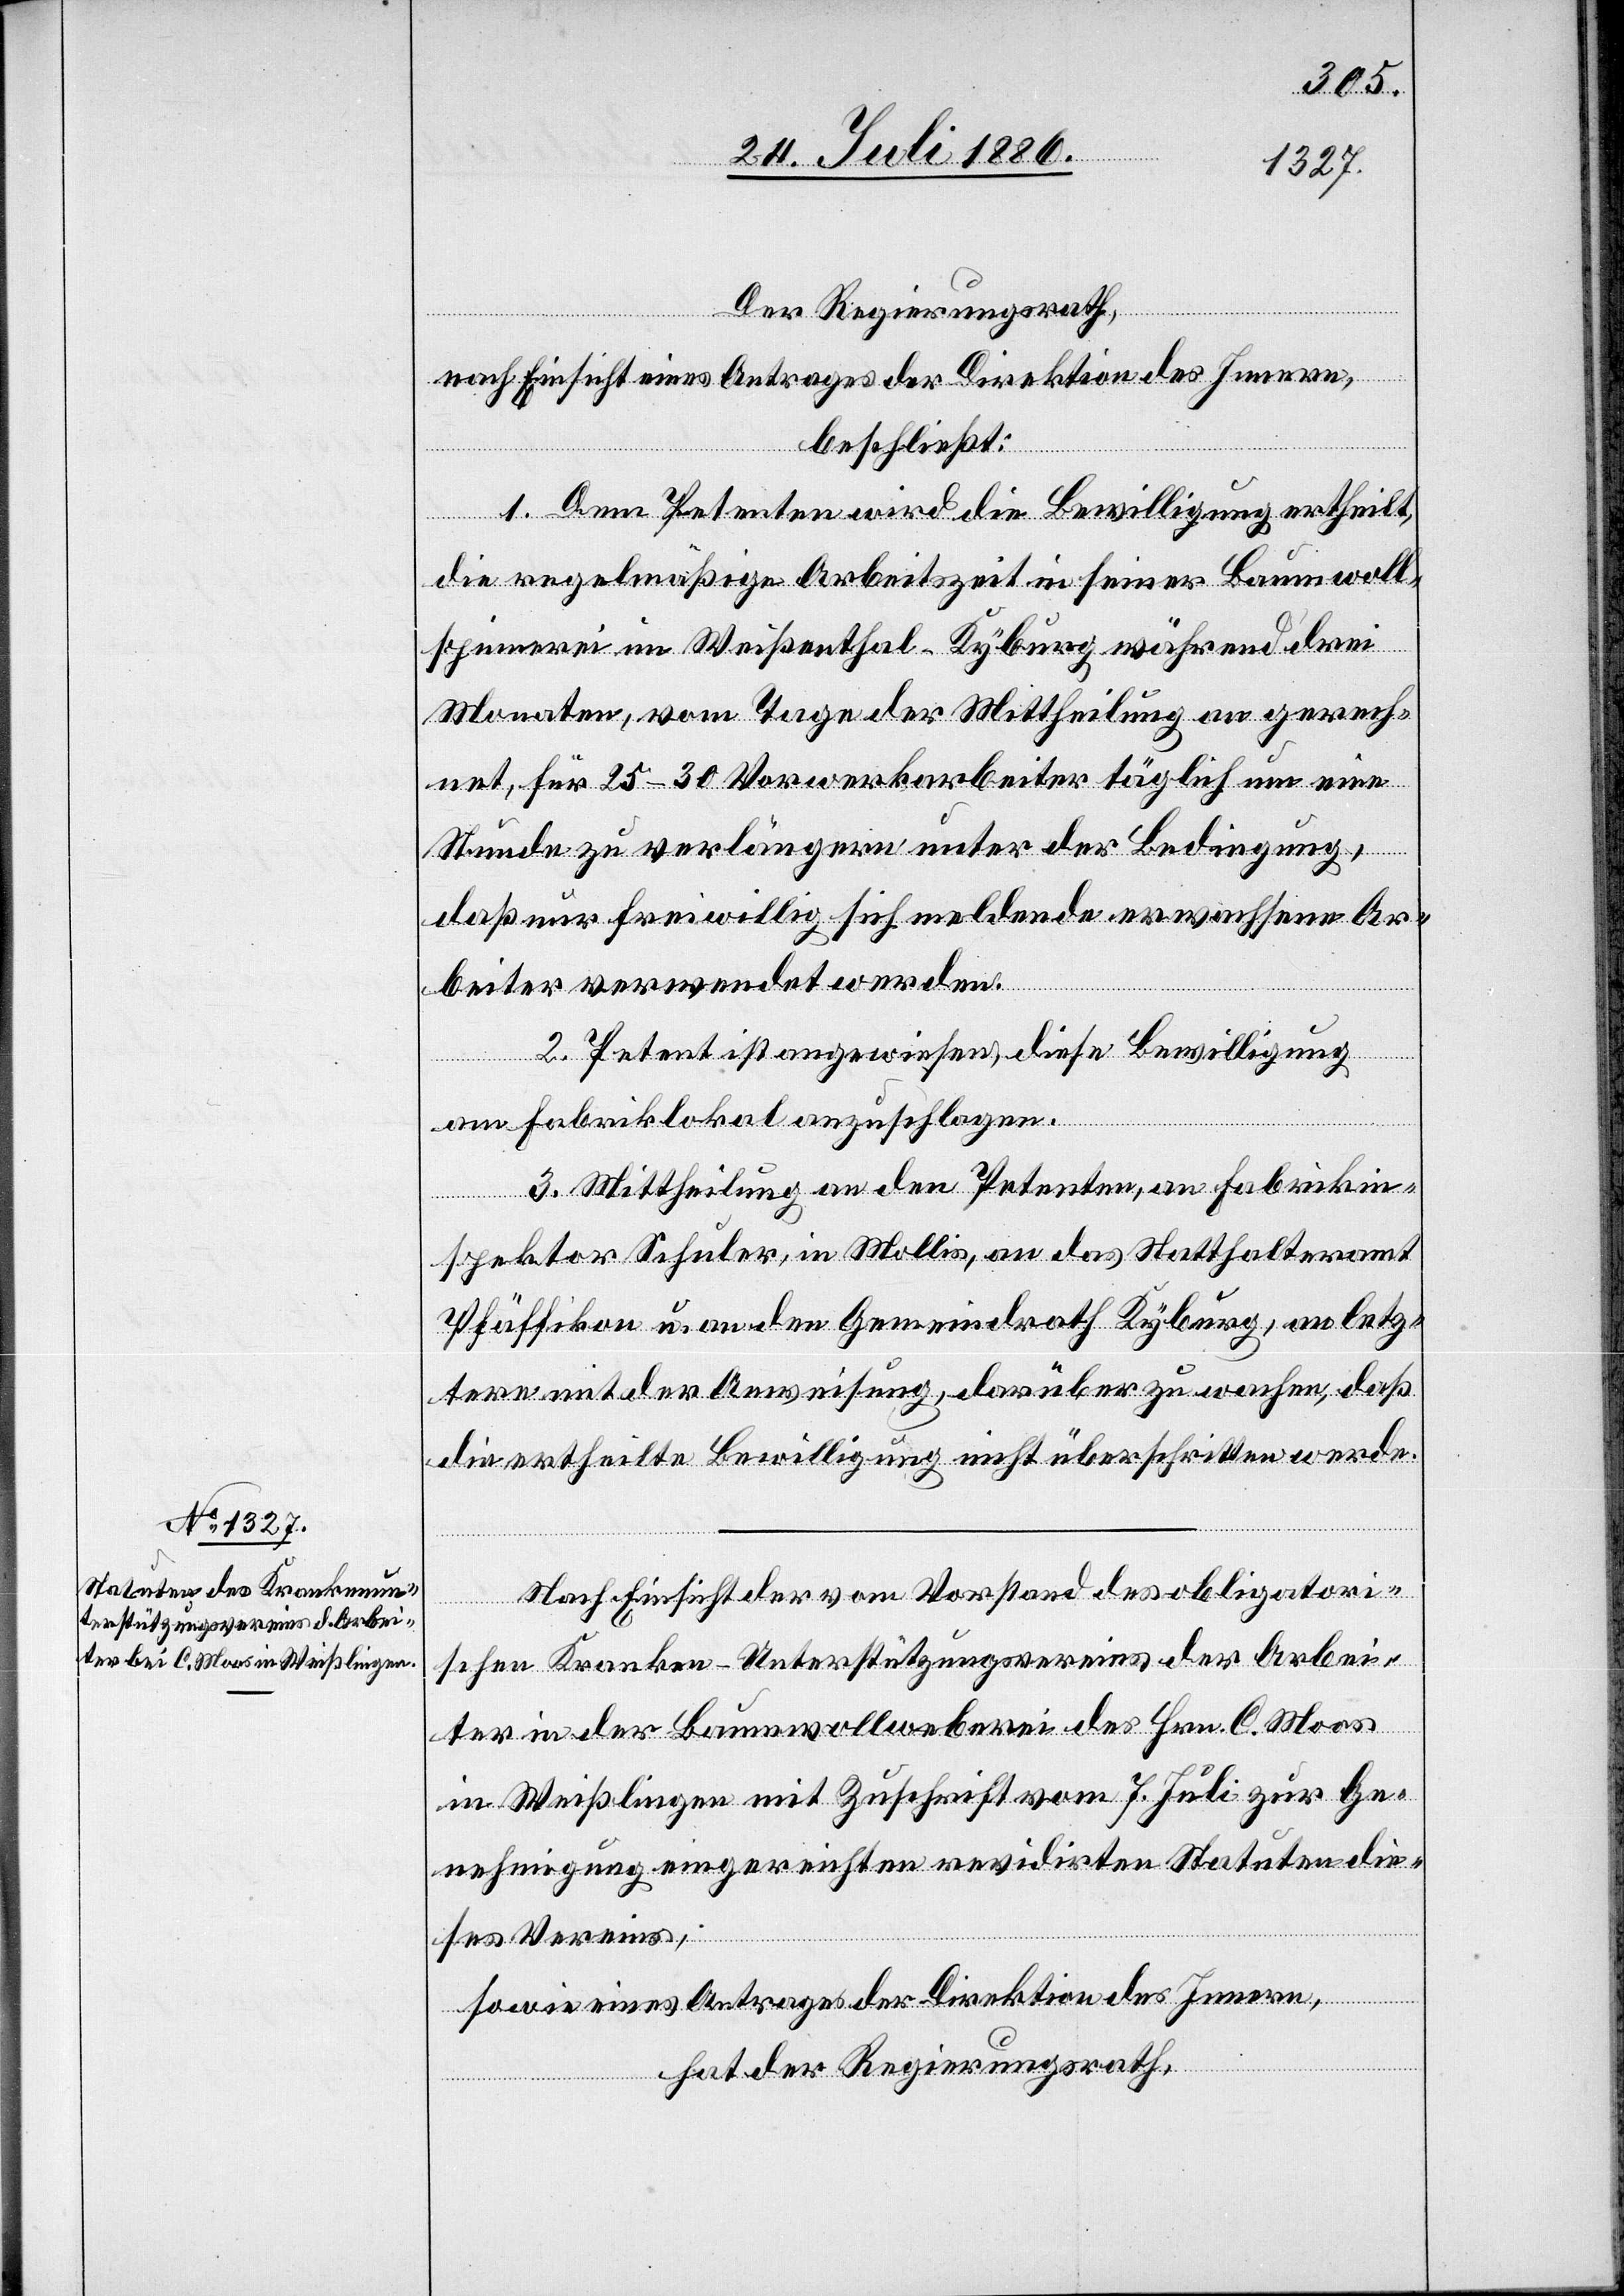
Der Regierungsrath,
nach Einsicht eines Antrages der Direktion des Innern,
beschließt:
1. Dem Petenten wird die Bewilligung ertheilt,
die regelmäßige Arbeitszeit in seiner Baumwoll¬
spinnerei in Weißenthal - Kyburg während drei
Monaten, vom Tage der Mittheilung an gerech¬
net, für 25–30 Vorwerksarbeiter täglich um eine
Stunde zu verlängern unter der Bedingung,
daß nur freiwillig sich meldende erwachsene Ar¬
beiter verwendet werden.
2. Petent ist angewiesen, diese Bewilligung
am Fabriklokal anzuschlagen.
3. Mittheilung an den Petenten, an Fabrikin¬
spektor Schuler, in Mollis, an das Statthalteramt
Pfäffikon u. an den Gemeindrath Kyburg, an letz¬
tere mit der Anweisung, darüber zu wachen, daß
die ertheilte Bewilligung nicht überschritten werde.
Nach Einsicht der vom Vorstand des obligatori¬
schen Kranken-Unterstützungsvereins der Arbei¬
ter in der Baumwollweberei des Hrn. C. Moos
in Weißlingen mit Zuschrift vom 7. Juli zur Ge¬
nehmigung eingereichten revidirten Statuten die¬
ses Vereins;
sowie eines Antrages der Direktion des Innern,
hat der Regierungsrath,